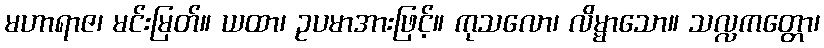
မဟာရာဇ၊ မင်းမြတ်။ ယထာ၊ ဥပမာအားဖြင့်။ ကုသလော၊ လိမ္မာသော။ သလ္လကတ္တော၊